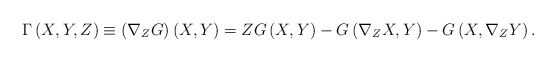
\begin{align*}\Gamma \left( X,Y,Z\right) \equiv \left( \nabla _{Z}G\right) \left(X,Y\right) =ZG\left( X,Y\right) -G\left( \nabla _{Z}X,Y\right) -G\left(X,\nabla _{Z}Y\right) . \end{align*}